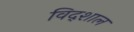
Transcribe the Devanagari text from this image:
विद्शाल